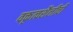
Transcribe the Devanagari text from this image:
वक्तृत्वशैलीची